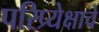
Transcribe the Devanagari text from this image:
परिप्र्येक्षाचे